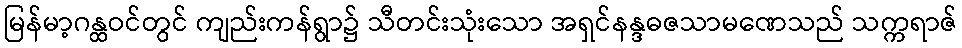
မြန်မာ့ဂန္ထဝင်တွင် ကျည်းကန်ရွာ၌ သီတင်းသုံးသော အရှင်နန္ဒဓဇသာမဏေသည် သက္ကရာဇ်